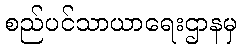
စည်ပင်သာယာရေးဌာနမှ